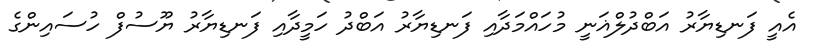
އެއީ ފަނޑިޔާރު އަބްދުލްޣަނީ މުހައްމަދާއި ފަނޑިޔާރު އަބްދު ހަމީދާއި ފަނޑިޔާރު ޔޫސުފް ހުސައިންގެ